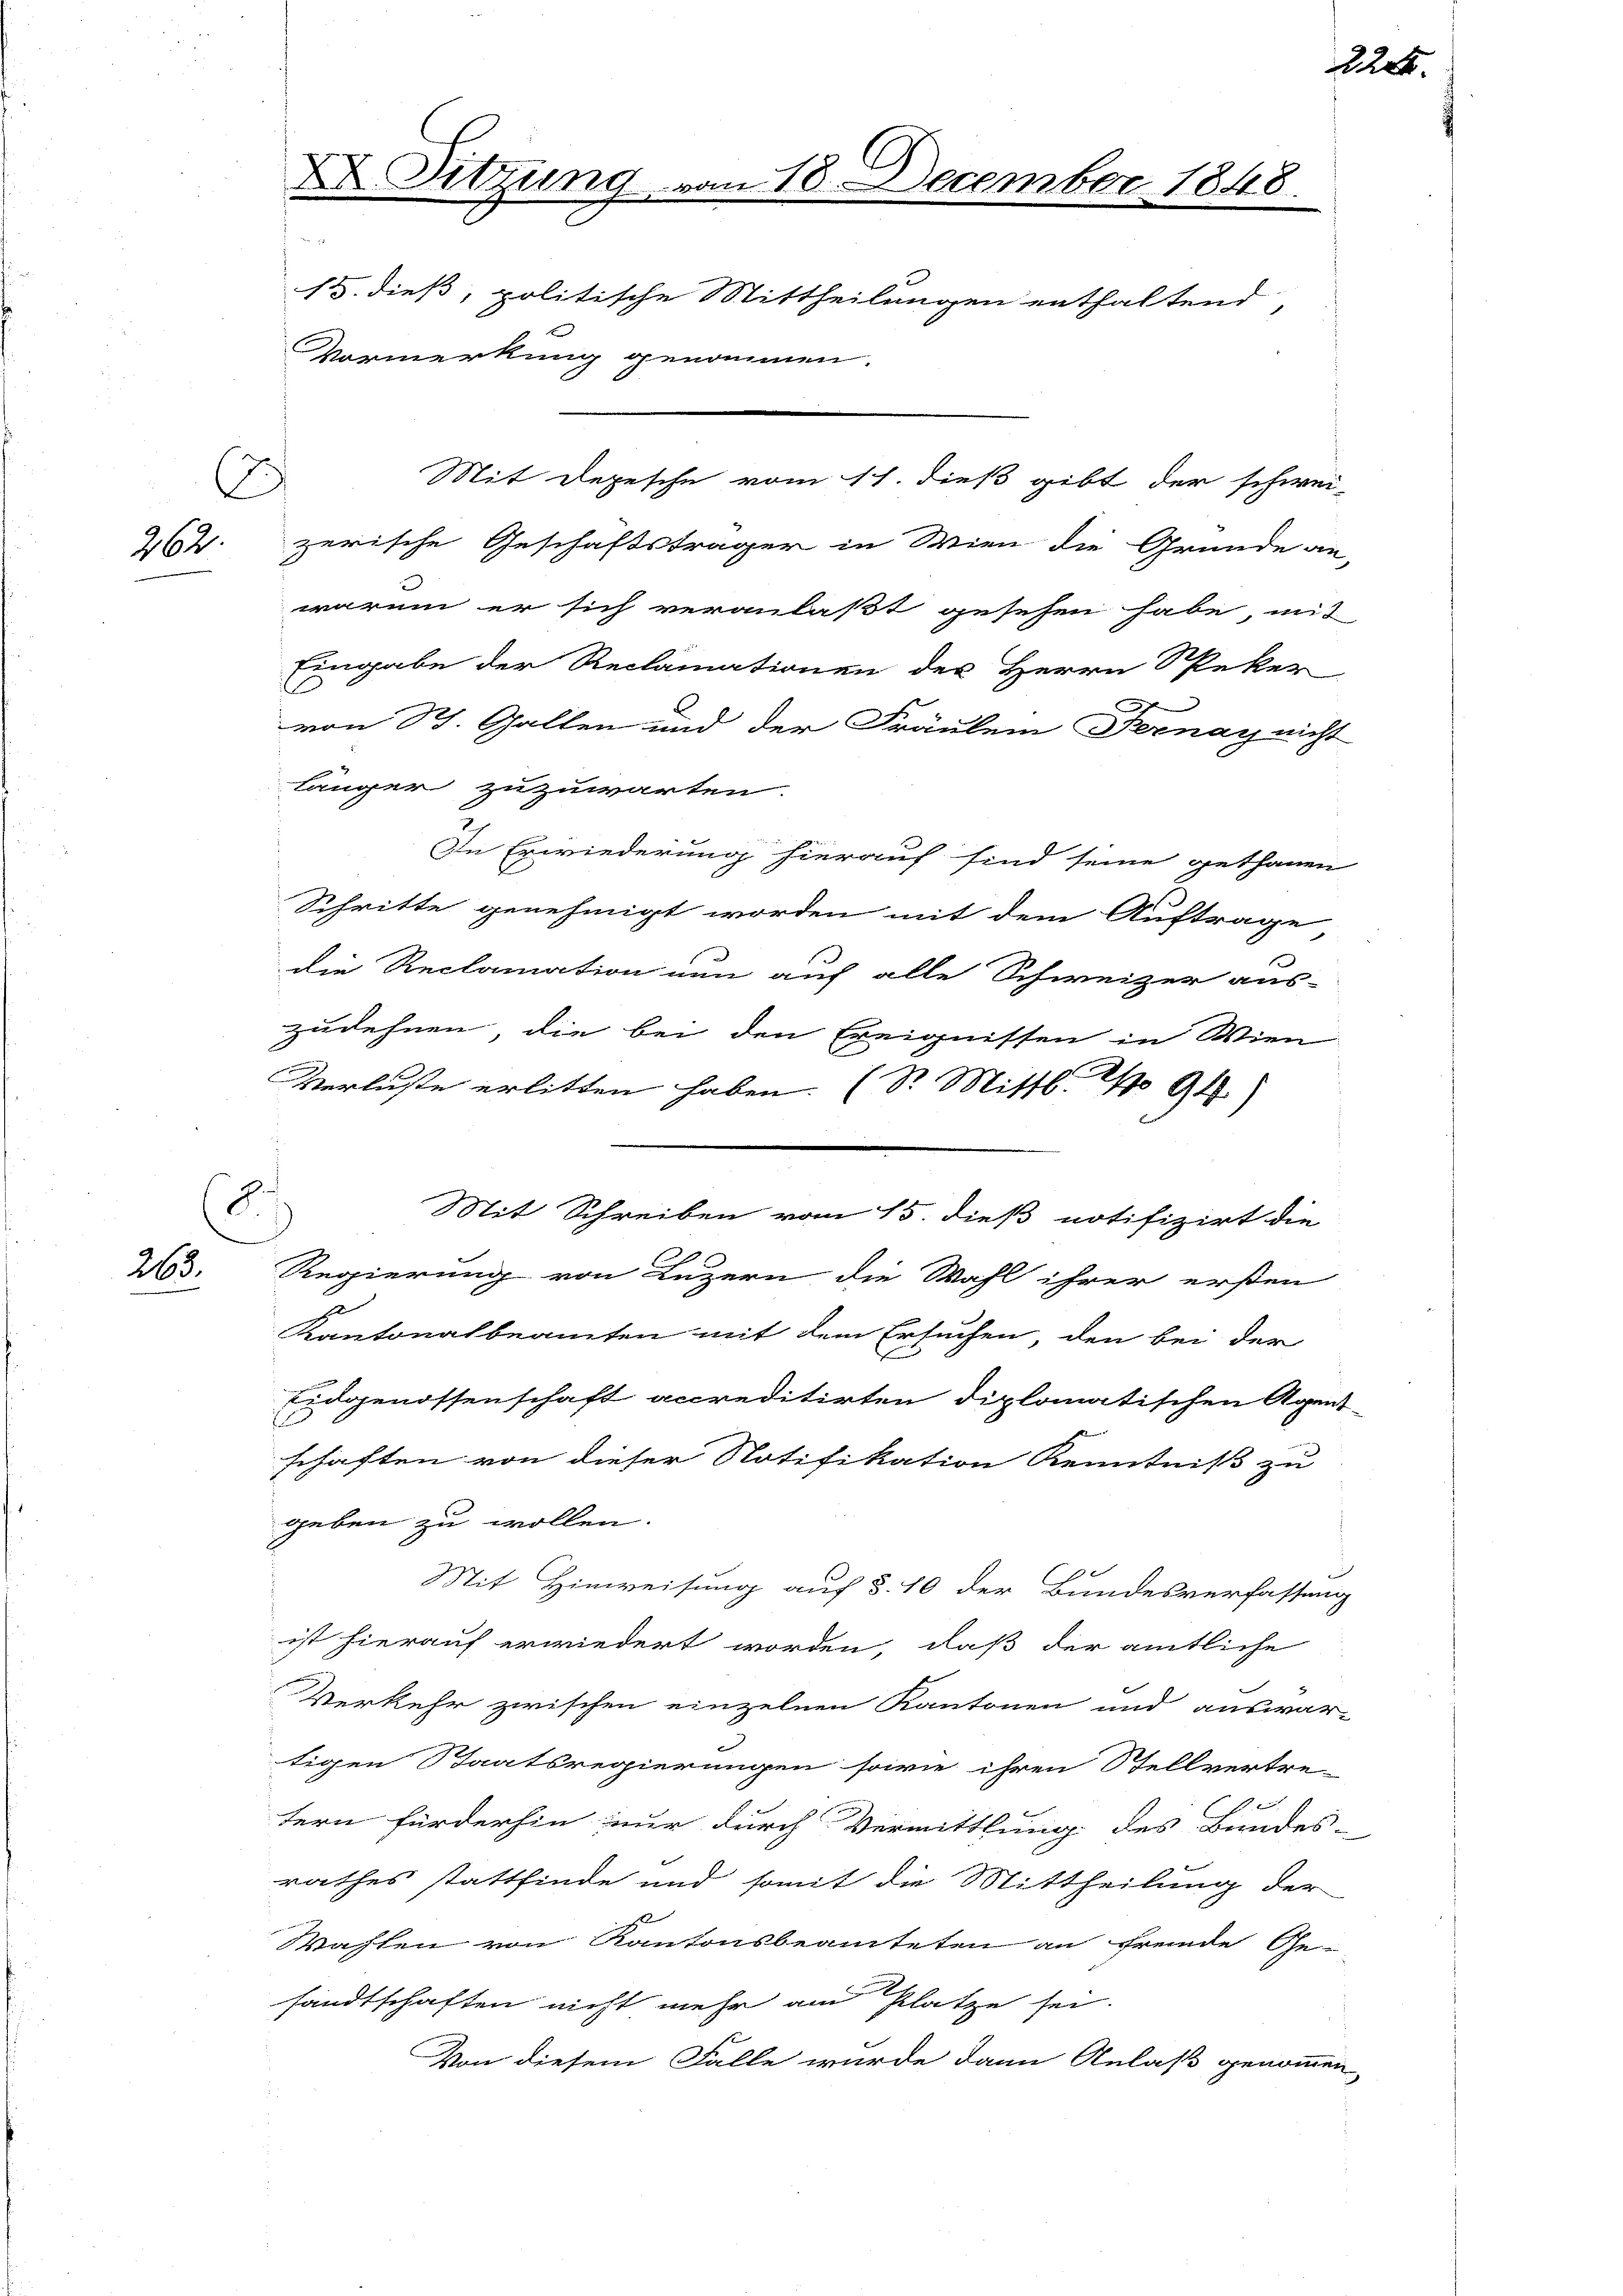
s
262.

263.

D Sitzung vom 18. December 1848.
dr
13. dieß, politische Mittheilungen enthaltend,
Vormerkung genommen.
Mit Depesche vom 11. dieß gibt der schwei-

zerische Geschäftsträger in Wien die Grunde an-
warum er sich veranlaßt gesehen habe, mit
Eingabe der Reclamationen des Herrn Speker
von St. Gallen und der Fräulein Fernay nicht
länger zuzuwarten.
In Erwiederung hierauf sind seine gethanen
Schritte genehmigt worden mit dem Auftrage
die Reclamation nun auf alle Schweizer aus-
zudehnen, die bei den Ereignissen in Wien
Verluste erlitten haben. (Dr. Mittl. No 94
Regierung von Luzern die Wahl ihrer ersten
e
Kantonalbeamten mit dem Ersuchen, den bei der
Eidgenossenschaft accreditirten diplomatischen Agent-
E
schaften von dieser Notifikation Kenntniß zu
geben zu wollen.
Mit Hinweisung auf §. 10 der Bundesverfassung
ist hierauf erwiedert worden, daß der amtliche
Verkehr zwischen einzelnen Kantonen und auswar-
tigen Staatsregierungen sowie ihren Stellvertre-
tern fürderhin nur durch Vermittlung des Bundes-
rathes stattfinde und somit die Mittheilung der
Wahlen von Kantonsbeamteten an fremde Ge-
sandtschaften nicht mehr am Platze sei.
Von diesem Falle wurde dann Anlaß genommen,

.

Mit Schreiben vom 15. dieß notifizirt die

224